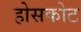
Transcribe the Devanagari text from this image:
होसकोट